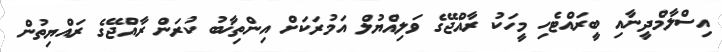
އިސްލާމްދީނާއި ބީރައްޓެހި މީހަކު ރާއްޖޭގެ ވަލިއްޔުލް އަމުރަކަށް އިންތިޚާބު ކުރަން ރާއްޖޭގެ ރައްޔިތުން